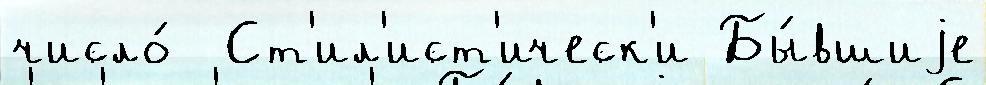
число́  Ст'ил'ист'ическ'и Бы́вшиjе